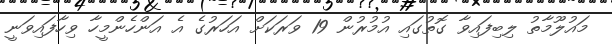
މައުލޫމާތު ލިބިފައިވާ ގޮތުގައި އުމުރުން 19 ވަރަކަށް އަހަރުގެ އެ އަންހެންމީހާ ވިހާފައިވަނީ